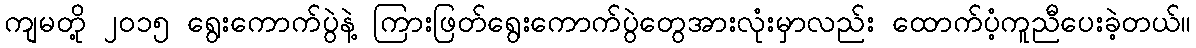
ကျမတို့ ၂၀၁၅ ရွေးကောက်ပွဲနဲ့ ကြားဖြတ်ရွေးကောက်ပွဲတွေအားလုံးမှာလည်း ထောက်ပံ့ကူညီပေးခဲ့တယ်။